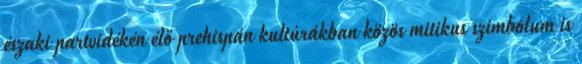
északi partvidékén élő prehispán kultúrákban közös mitikus szimbólum is